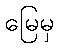
မြေမှ